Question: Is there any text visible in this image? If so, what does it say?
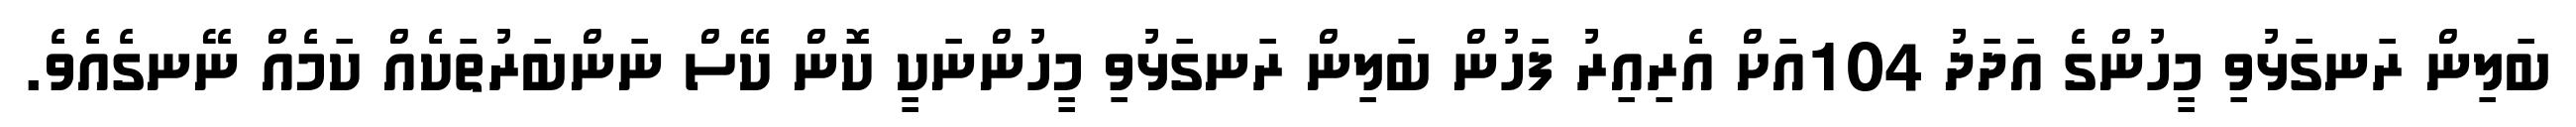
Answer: ބަލިން ރަނގަޅުވި މީހުންގެ އަދަދު 104އަށް އެރިއިރު ފަހުން ބަލިން ރަނގަޅުވި މީހުންނަކީ ކޮން ކޭސް ނަންބަރުތަކެއް ކަމެއް ނޭނގެއެވެ.